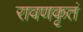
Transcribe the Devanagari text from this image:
रावणकृतं